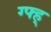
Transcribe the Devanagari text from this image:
ग्फ्ह्